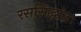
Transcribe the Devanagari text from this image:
रससिद्धांतः